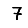
Digit: 7